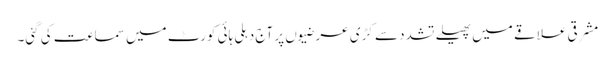
مشرقی علاقے میں پھیلے تشدد سے کڑی عرضیوں پر آج دہلی ہائی کورٹ میں سماعت کی گئی۔